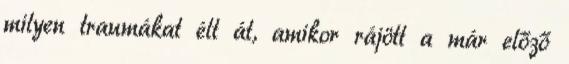
milyen traumákat élt át, amikor rájött a már előző